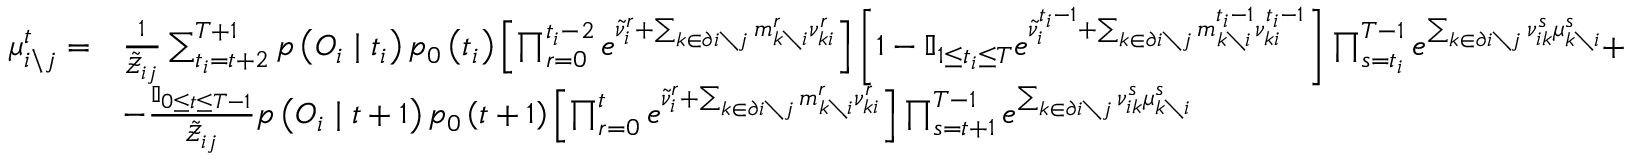
\begin{array} { r l } { \mu _ { i \backslash j } ^ { t } = } & { \frac { 1 } { \tilde { \mathcal { Z } } _ { i j } } \sum _ { t _ { i } = t + 2 } ^ { T + 1 } p \left( \boldsymbol { O } _ { i } \mid t _ { i } \right) p _ { 0 } \left( t _ { i } \right) \left[ \prod _ { r = 0 } ^ { t _ { i } - 2 } e ^ { \tilde { \nu } _ { i } ^ { r } + \sum _ { k \in \partial i \setminus j } m _ { k \setminus i } ^ { r } \nu _ { k i } ^ { r } } \right] \left[ 1 - \mathbb { I } _ { 1 \leq t _ { i } \leq T } e ^ { \tilde { \nu } _ { i } ^ { t _ { i } - 1 } + \sum _ { k \in \partial i \setminus j } m _ { k \setminus i } ^ { t _ { i } - 1 } \nu _ { k i } ^ { t _ { i } - 1 } } \right] \prod _ { s = t _ { i } } ^ { T - 1 } e ^ { \sum _ { k \in \partial i \setminus j } \nu _ { i k } ^ { s } \mu _ { k \setminus i } ^ { s } } + } \\ & { - \frac { \mathbb { I } _ { 0 \leq t \leq T - 1 } } { \tilde { \mathcal { Z } } _ { i j } } p \left( \boldsymbol { O } _ { i } \mid t + 1 \right) p _ { 0 } \left( t + 1 \right) \left[ \prod _ { r = 0 } ^ { t } e ^ { \tilde { \nu } _ { i } ^ { r } + \sum _ { k \in \partial i \setminus j } m _ { k \setminus i } ^ { r } \nu _ { k i } ^ { r } } \right] \prod _ { s = t + 1 } ^ { T - 1 } e ^ { \sum _ { k \in \partial i \setminus j } \nu _ { i k } ^ { s } \mu _ { k \setminus i } ^ { s } } } \end{array}